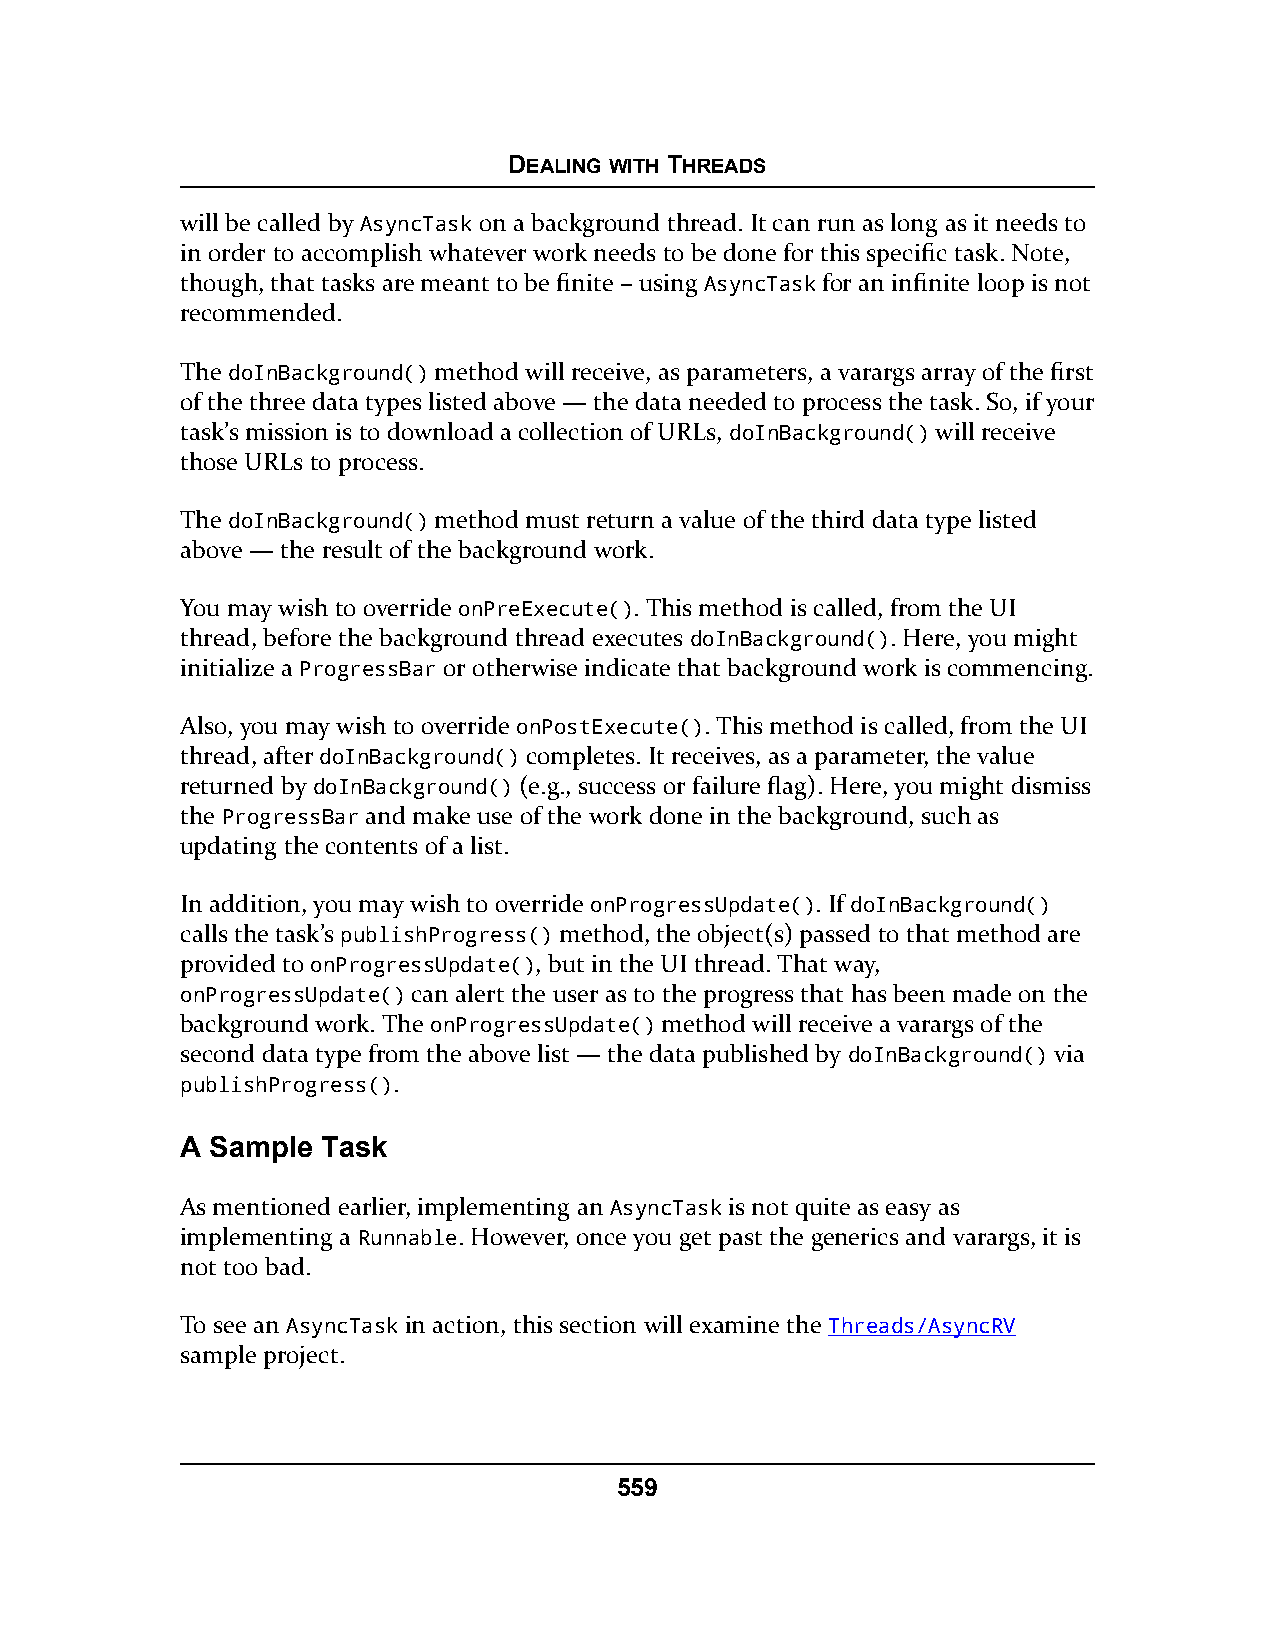
DEALING WITH THREADS
 will be called by AsyncTask on a background thread. It can run as long as it needs to
 in order to accomplish whatever work needs to be done for this specific task. Note,
 though, that tasks are meant to be finite – using AsyncTask for an infinite loop is not
 recommended.
 The doInBackground() method will receive, as parameters, a varargs array of the first
 of the three data types listed above — the data needed to process the task. So, if your
 task’s mission is to download a collection of URLs, doInBackground() will receive
 those URLs to process.
 The doInBackground() method must return a value of the third data type listed
 above — the result of the background work.
 You may wish to override onPreExecute(). This method is called, from the UI
 thread, before the background thread executes doInBackground(). Here, you might
 initialize a ProgressBar or otherwise indicate that background work is commencing.
 Also, you may wish to override onPostExecute(). This method is called, from the UI
 thread, after doInBackground() completes. It receives, as a parameter, the value
 returned by doInBackground() (e.g., success or failure flag). Here, you might dismiss
 the ProgressBar and make use of the work done in the background, such as
 updating the contents of a list.
 In addition, you may wish to override onProgressUpdate(). If doInBackground()
 calls the task’s publishProgress() method, the object(s) passed to that method are
 provided to onProgressUpdate(), but in the UI thread. That way,
 onProgressUpdate() can alert the user as to the progress that has been made on the
 background work. The onProgressUpdate() method will receive a varargs of the
 second data type from the above list — the data published by doInBackground() via
 publishProgress().
 A Sample Task
 As mentioned earlier, implementing an AsyncTask is not quite as easy as
 implementing a Runnable. However, once you get past the generics and varargs, it is
 not too bad.
 To see an AsyncTask in action, this section will examine the Threads/AsyncRV
 sample project.
 559